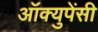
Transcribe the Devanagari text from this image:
अॉक्युपेंसी